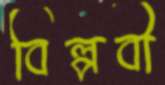
বিল্পবী